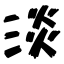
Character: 淡